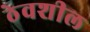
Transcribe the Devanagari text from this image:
ठेवशील